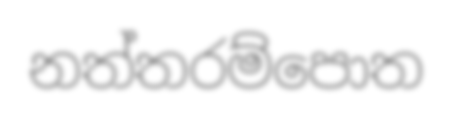
නත්තරම්පොත